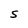
Character: S